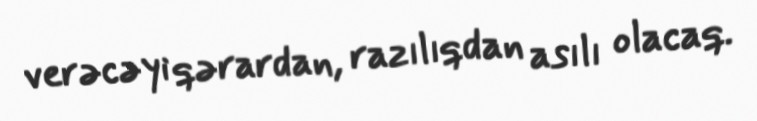
verəcəyi qərardan, razılıqdan asılı olacaq.